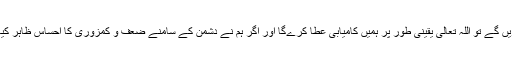
اگر ہم دشمن کے سامنے استقامت کا مظاہرہ کریں گے تو اللہ تعالی یقینی طور پر ہمیں کامیابی عطا کرےگا اور اگر ہم نے دشمن کے سامنے ضعف و کمزوری کا احساس ظاہر کیا تو دشمن یقینی طور پر ہمیں چوٹ پہنچائے گا۔